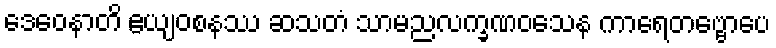
ဒေဝေနာတိ ဧယျဝစနဿ ဆသတံ သာမညလက္ခဏဝသေန ကာရေတဗ္ဗောပေ